Serum-therapy of plague in India - Number 20
Disease focus: Plague
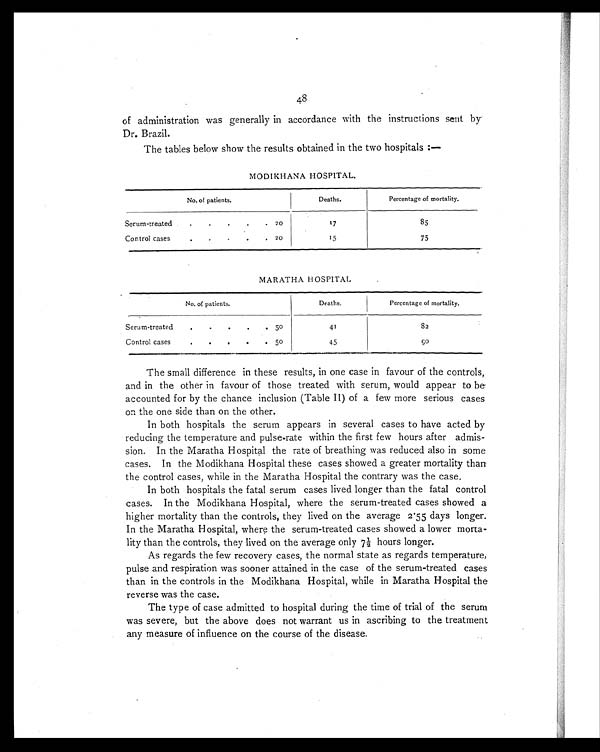
48
of administration was generally in accordance with the instructions sent by
Dr. Brazil.
The tables below show the results obtained in the two hospitals :—
MODIKHANA HOSPITAL.
No. of patients.
Deaths.
Percentage of mortality.
Serum-treated
.
.
.
.
. 20
17
85
.
. .
.
Control cases. 20
15
75
MARATHA HOSPITAL
No. of patients.
Deaths.
Percentage of mortality.
Serum-treated
. . • • • 5 0
41
82
Control cases
.
.
.
.
.
5 0
45
90
The small difference in these results, in one case in favour of the controls,
and in the other in favour of those treated with serum, would appear to be.
accounted for by the chance inclusion (Table II) of a few more serious cases
on the one side than on the other.
In both hospitals the serum appears in several cases to have acted by
reducing the temperature and pulse-rate within the first few hours after admis-
sion. In the Maratha Hospital the rate of breathing was reduced also in some
cases. In the Modikhana Hospital these cases showed a greater mortality than
the control cases, while in the Maratha Hospital the contrary was the case.
In both hospitals the fatal serum cases lived longer than the fatal control
cases. In the Modikhana Hospital, where the serum-treated cases showed a
higher mortality than the controls, they lived on the average 2.55 days longer.
In the Maratha Hospital, where the serum-treated cases showed a lower morta-
lity than the controls, they lived on the average only 7½ hours longer.
As regards the few recovery cases, the normal state as regards temperature,
pulse and respiration was sooner attained in the case of the serum-treated cases
than in the controls in the Modikhana Hospital, while in Maratha Hospital the
reverse was the case.
The type of case admitted to hospital during the time of trial of the serum
was severe, but the above does not warrant us in ascribing to the treatment
any measure of influence on the course of the disease.